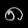
Digit: ၈